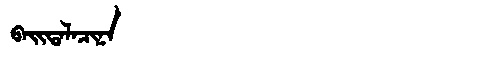
Manchu: ᠪᠠᡳᡨᠠᠯᠠᠴᡳᠨᠠ
Romanization: BAITALACINA